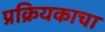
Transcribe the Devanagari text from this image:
प्रक्रियकाचा